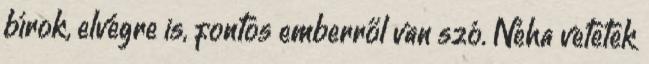
bírok, elvégre is, fontos emberről van szó. Néha vetetek